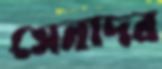
সেনাদর